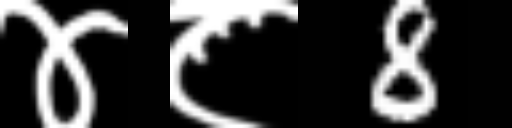
Text: ४८8